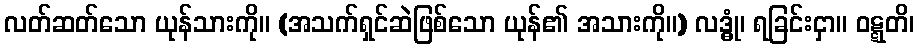
လတ်ဆတ်သော ယုန်သားကို။ (အသက်ရှင်ဆဲဖြစ်သော ယုန်၏ အသားကို။) လဒ္ဓုံ၊ ရခြင်းငှာ။ ဝဋ္ဋတိ၊